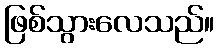
ဖြစ်သွားလေသည်။